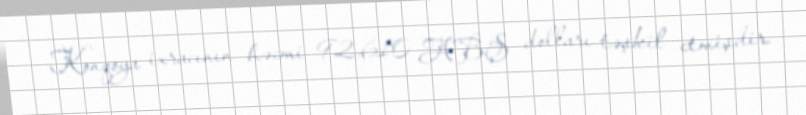
Konqoya ixracının həcmi 92,610 ABŞ dolları təşkil etmişdir.